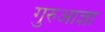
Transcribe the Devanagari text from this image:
गुरुआज्ञा